Statistical return of the lunatic asylum in Assam - 1912-1932
Year: 1912
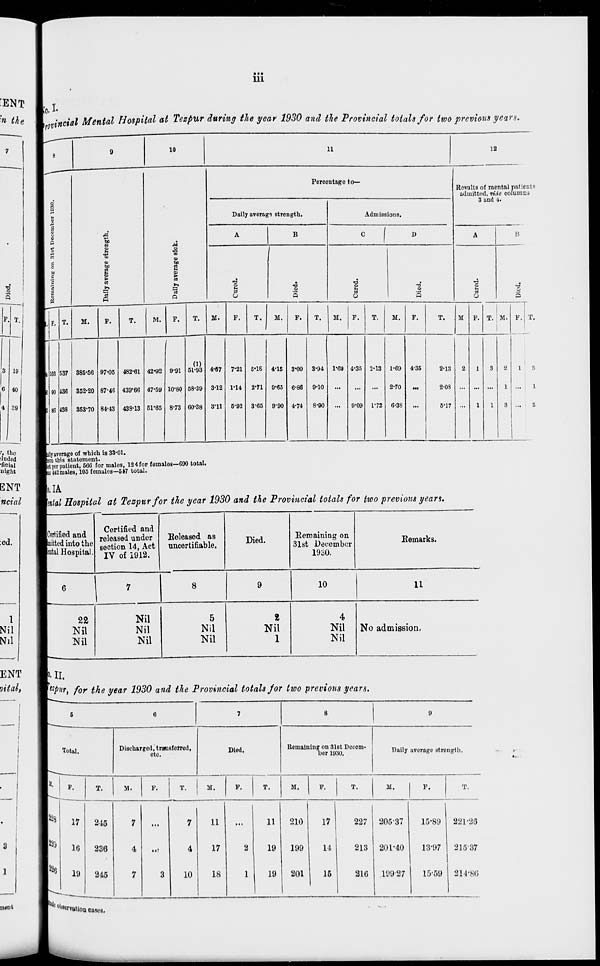
• ••
111
I.
■ n the
[ incial Mental Hospital at Tezpur during the year 1930 and the Provincial totals for two previous years.
8
9
10
11
12
Percentage to—
Results of mental patients
admitted, vide columns
o
3 and 4.
a
H
»
i
Daily average strength.
Admissions.
g
0
0
A
B
° f D
A
B
a
1
g
4>
1
«
M
0
to
a
S
2
<s
»►
a
a
"a
S
03
1
S
•a 6
5
"2
■3
O
s
•a o
a
F. T.
M.
F.
T.
M.
F.
T.
M.
F.
T.
M.
F.
T.
M.
F.
T.
M.
F.
T.
M F. T. M. F. T.
103 537 385-50 97-05 482-61 42-02 0'91
(1)
51-93 4-67 7-21 5'1S 4-15 3-09 3-94 1-69 4-35 2-13 1-69 4-35
2*13
2
1
3
2
1
1
3
90 486 352-20 87-46 439-66 47-59 10-80 58-39 3-12 1*14 2-71 9-65 6-86 9-10
...
...
...
2-70
.„
2-08 ... ... ...
1 ...
1
86 438 353-70 84-43 438-13 51-65 8-73 60-38 3-11 5-92 3-65 9-90 4-74
8-90
9-09 1-72 6-38
5*17
1
1
3
3
■illy average of which is 33-01.
Icm this statement.
,
1st per patient, 566 for males, 124 for femalas—690 total.
sM2males, 105 females—547 total.
ID.IA
IMM Hospital at Tezpurfor the year 1930 and the Provincial totals for two previous years.
[Certified and
pitted into the
pal Hospital
Certified and
released under
section 14, Act
IV of 1912.
Released as
uncertifiable.
Died.
Remaining on
31st December
1930.
Remarks.
9
10
11
2£
Nil
Nil
Nil
Nil
Nil
5
Nil
Nil
2
Nil
1
4
Nil
Nil
No admission.
v IL
hpur, for the year 1930 and the Provincial totals for two previous years.
5
6
7
8
9
Total.
Discharged, transferred,
otc.
Died.
Remaining on 31st Decem-
ber 1930.
Daily averago strength.
228
220
22 Q
F.
T.
M.
F.
T.
M.
F.
T.
M.
F.
T.
M.
P.
T.
17
16
19
215
236
245
7
4
7
3
7
4
10
11
17
18
2
1
11
19
19
210
199
201
17
14
15
227
213
216
20537
201-40
19927
I
15-89
13-97
15-59
821*26
21537
214-86
i
^servuti, on cases.